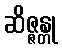
ဆိဇ္ဇန္တု